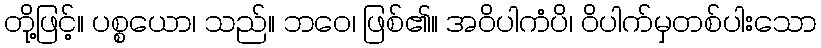
တို့ဖြင့်။ ပစ္စယော၊ သည်။ ဘဝေ၊ ဖြစ်၏။ အဝိပါကံပိ၊ ဝိပါက်မှတစ်ပါးသော